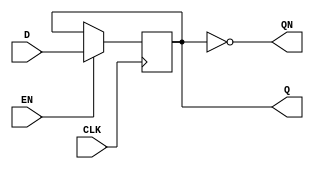
module edge_triggered_gated_latch (
    input wire D,       // Data input
    input wire CLK,     // Clock input
    input wire EN,      // Enable input
    output reg Q,       // Output Q
    output wire QN      // Complement of Q
);

    assign QN = ~Q;     // Complement of Q

    always @(posedge CLK) begin
        if (EN) begin
            Q <= D;     // Capture D on the rising edge of CLK when EN is high
        end
        // When EN is low, Q retains its previous value (no action taken)
    end

endmodule